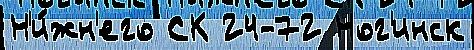
Н'и́жн'его СК 24-72 Ног'инск